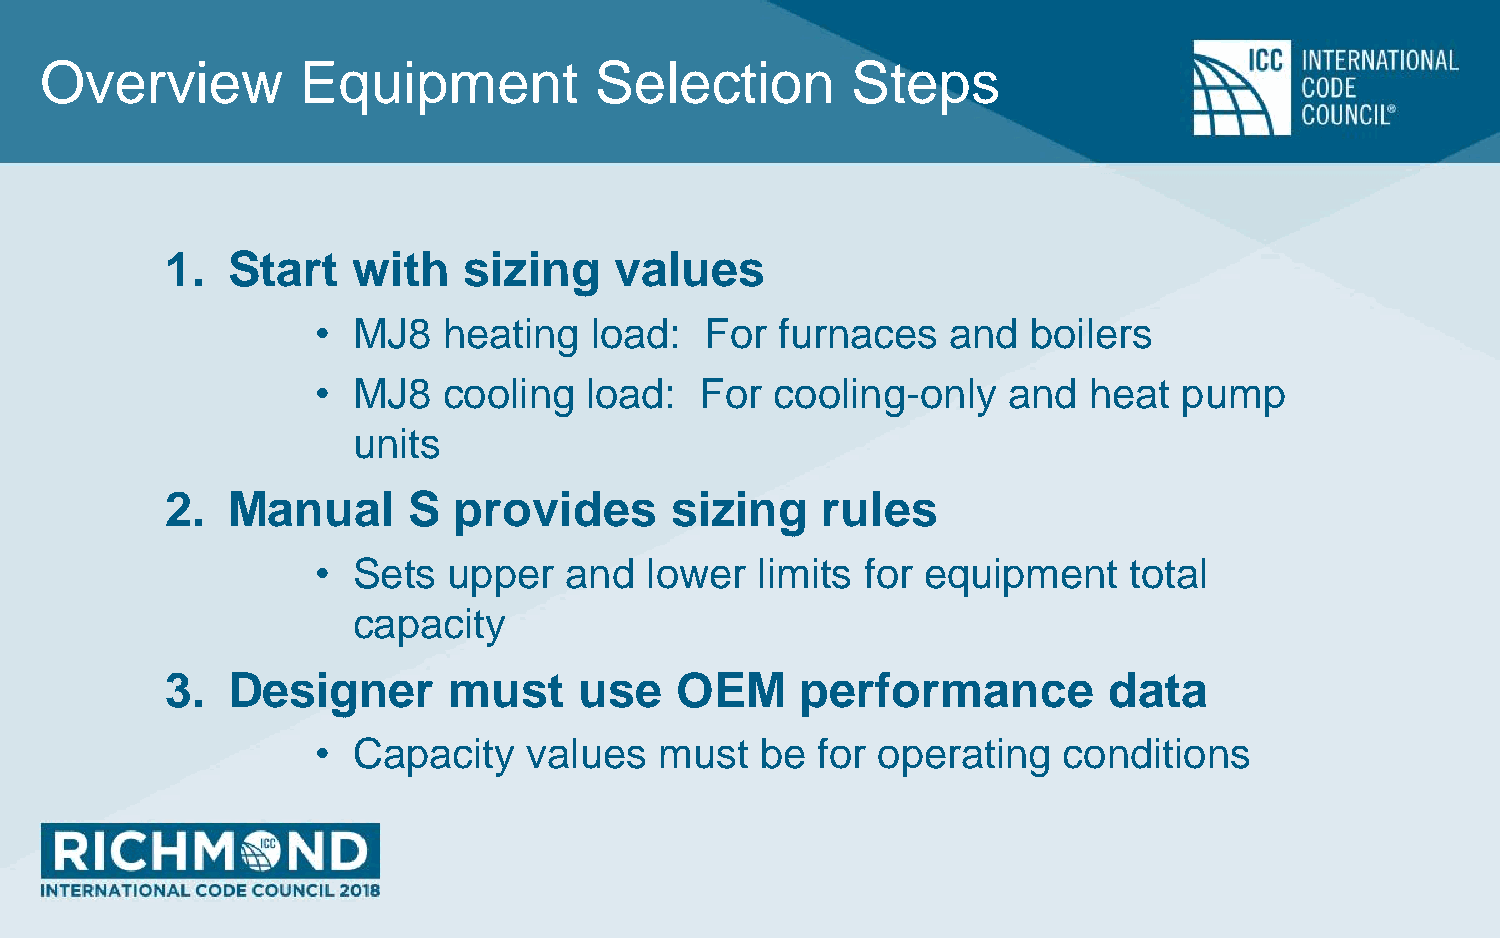
Overview         Equipment          Selection        Steps
 1.  Start   with    sizing    values
 • MJ8   heating   load:   For  furnaces   and  boilers
 • MJ8   cooling   load:  For  cooling-only    and  heat  pump
 units
 2.  Manual      S  provides      sizing    rules
 • Sets   upper  and   lower  limits for equipment     total
 capacity
 3.  Designer       must    use    OEM     performance         data
 • Capacity    values   must  be  for operating   conditions